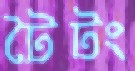
টৈটং